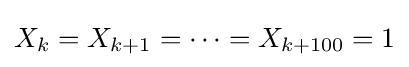
X_{k}=X_{k+1}=\dots =X_{k+100}=1